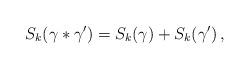
LaTeX: \begin{align*}S_k(\gamma\ast\gamma')=S_k(\gamma)+S_k(\gamma')\,,\end{align*}